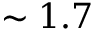
\sim 1 . 7